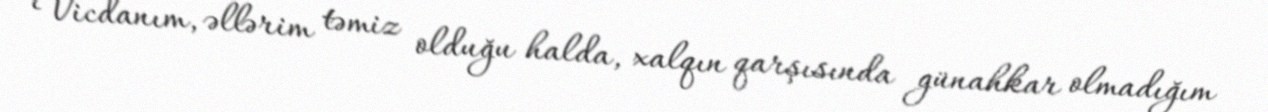
Vicdanım, əllərim təmiz olduğu halda, xalqın qarşısında günahkar olmadığım